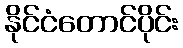
နိုင်ငံတောင်ပိုင်း